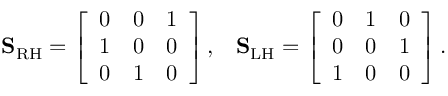
\mathbf { S } _ { \mathrm { R H } } = \left[ \begin{array} { l l l } { 0 } & { 0 } & { 1 } \\ { 1 } & { 0 } & { 0 } \\ { 0 } & { 1 } & { 0 } \end{array} \right] , \; \; \; \mathbf { S } _ { \mathrm { L H } } = \left[ \begin{array} { l l l } { 0 } & { 1 } & { 0 } \\ { 0 } & { 0 } & { 1 } \\ { 1 } & { 0 } & { 0 } \end{array} \right] .